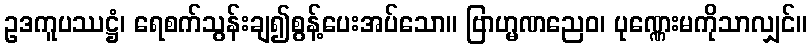
ဥဒကူပဿဋ္ဌံ၊ ရေစက်သွန်းချ၍စွန့်ပေးအပ်သော။ ဗြာဟ္မဏညေဝ၊ ပုဏ္ဏေးမကိုသာလျှင်။